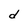
Character: d